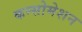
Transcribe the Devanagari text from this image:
कन्सोमेशन